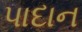
પાદાન